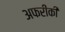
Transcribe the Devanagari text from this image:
अफरीकी